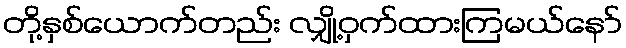
တို့နှစ်ယောက်တည်း လျှို့ဝှက်ထားကြမယ်နော်